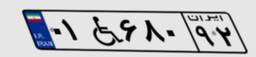
۰۱W۶۸۰۹۲